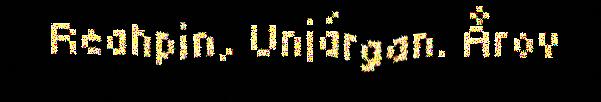
Reahpin, Unjárgan. Årov